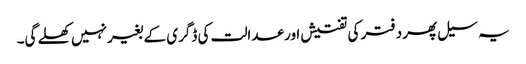
یہ سیل پھر دفتر کی تفتیش اور عدالت کی ڈگری کے بغیر نہیں کھلے گی۔